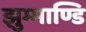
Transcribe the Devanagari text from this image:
झुम्माण्डि